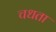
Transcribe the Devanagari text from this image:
चधता